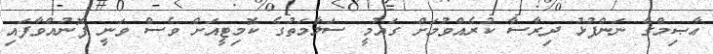
ޢާޞިމްގެ ނަންފުޅު ދިރާސާ ކުރެއްވުމަށް ގައުމީ ސަލާމަތުގެ ކޮމިޓީއަށް ވެސް ވަނީ ފޮނުއްވާފައި